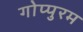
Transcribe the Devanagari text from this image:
गोप्पुरम